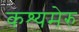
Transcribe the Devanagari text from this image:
कश्यमेरु